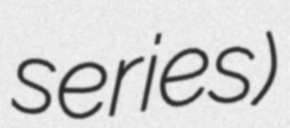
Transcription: series)